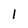
Character: 1